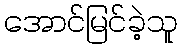
အောင်မြင်ခဲ့သူ